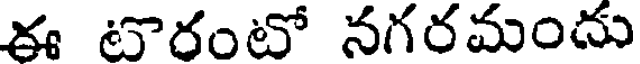
ఈ టొరంటో నగరమందు